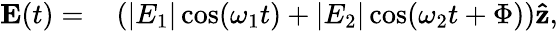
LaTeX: \begin{array}{rl}{\mathbf{E}(t)=}&{{}\left(|E_{1}|\cos(\omega_{1}t)+|E_{2}|\cos(\omega_{2}t+\Phi)\right)\mathbf{\hat{z}},}\end{array}